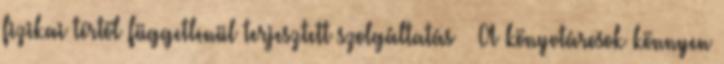
fizikai tértől függetlenül terjesztett szolgáltatás  A könyvtárosok könnyen